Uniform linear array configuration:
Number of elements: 32
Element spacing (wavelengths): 0.25
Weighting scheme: hamming
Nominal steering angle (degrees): -15
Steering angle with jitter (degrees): -16.308
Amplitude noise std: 0.05
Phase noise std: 0.05

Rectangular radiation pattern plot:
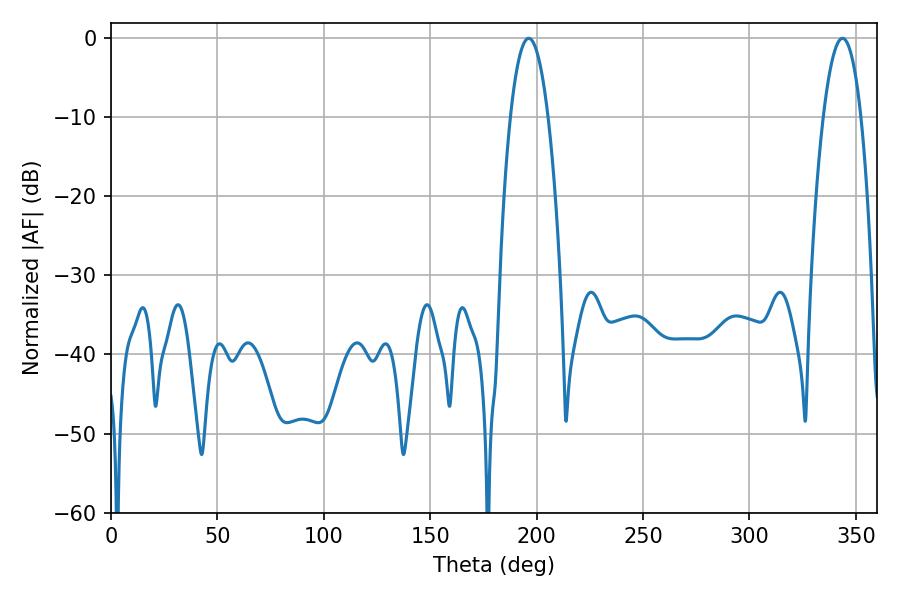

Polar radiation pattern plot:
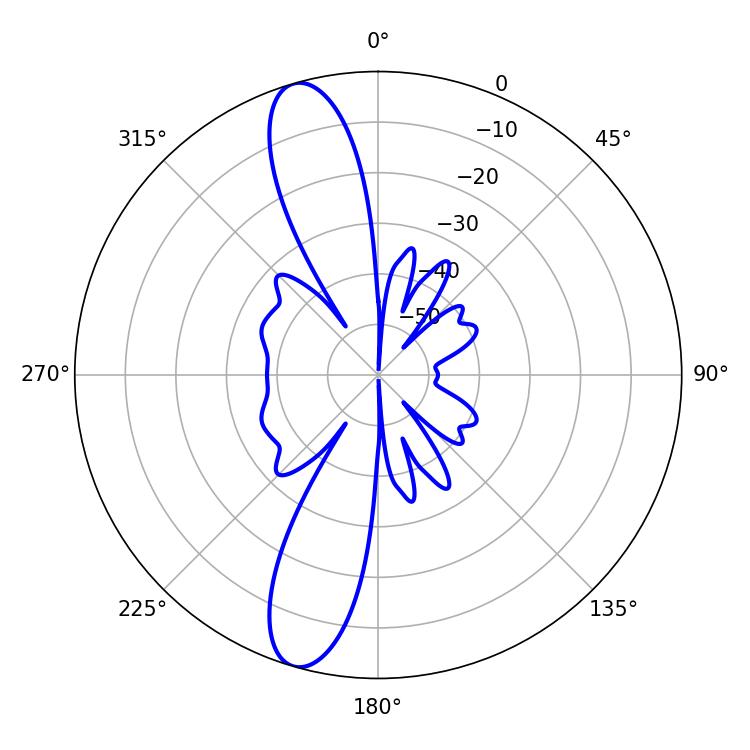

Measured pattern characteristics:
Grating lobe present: FALSE
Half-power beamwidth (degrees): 9.72
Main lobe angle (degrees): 196.2